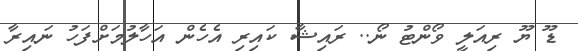
ޑޫ ޔޫ ރިއަލީ ވޯންޓު ނޯ.. ރައިޝާ ކައިރި އެހެން އަހާލުމަށްފަހު ނައިރާ